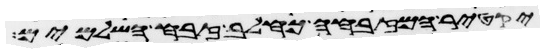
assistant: יקטיר המזבחה כחלב זבח השלמים